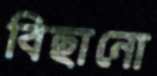
বিছানো